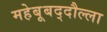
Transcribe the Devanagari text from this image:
महेबूबद्दौल्ला